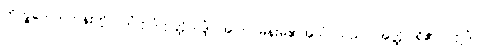
ဘိက္ခဝေ၊ ရဟန်းတို့။ ယံဣဒံဣတ္ထိသဒ္ဒံ၊ အကြင်မိန်းမ၏အသံ သည်။ အတ္ထိ၊ ရှိ၏။ ဣဒံ၊